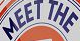
MEET THE